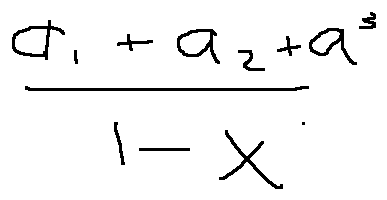
\frac { a _ { 1 } + a _ { 2 } + a ^ { 3 } } { 1 - x }